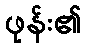
ဖုန်း၏